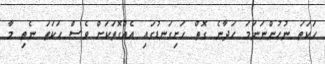
ހަކަތަ ނުހުންނަނަމަ ހަދާނެ ގޮތް ހަށިގަނޑުގައި އެއްގޮތަކަށް ވެސް ހަކަތަ ނެތި މާ